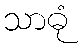
သာဓုံ